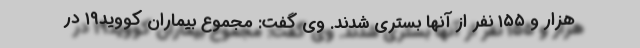
هزار و ۱۵۵ نفر از آنها بستری شدند. وی گفت: مجموع بیماران کووید۱۹ در